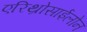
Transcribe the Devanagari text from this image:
एरिथ्रोसाईलोन